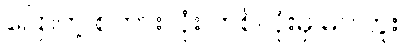
ပြောတဲ့ စကားလုံး တစ်လုံးမှ မပါဘူး။